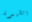
الظهيرة